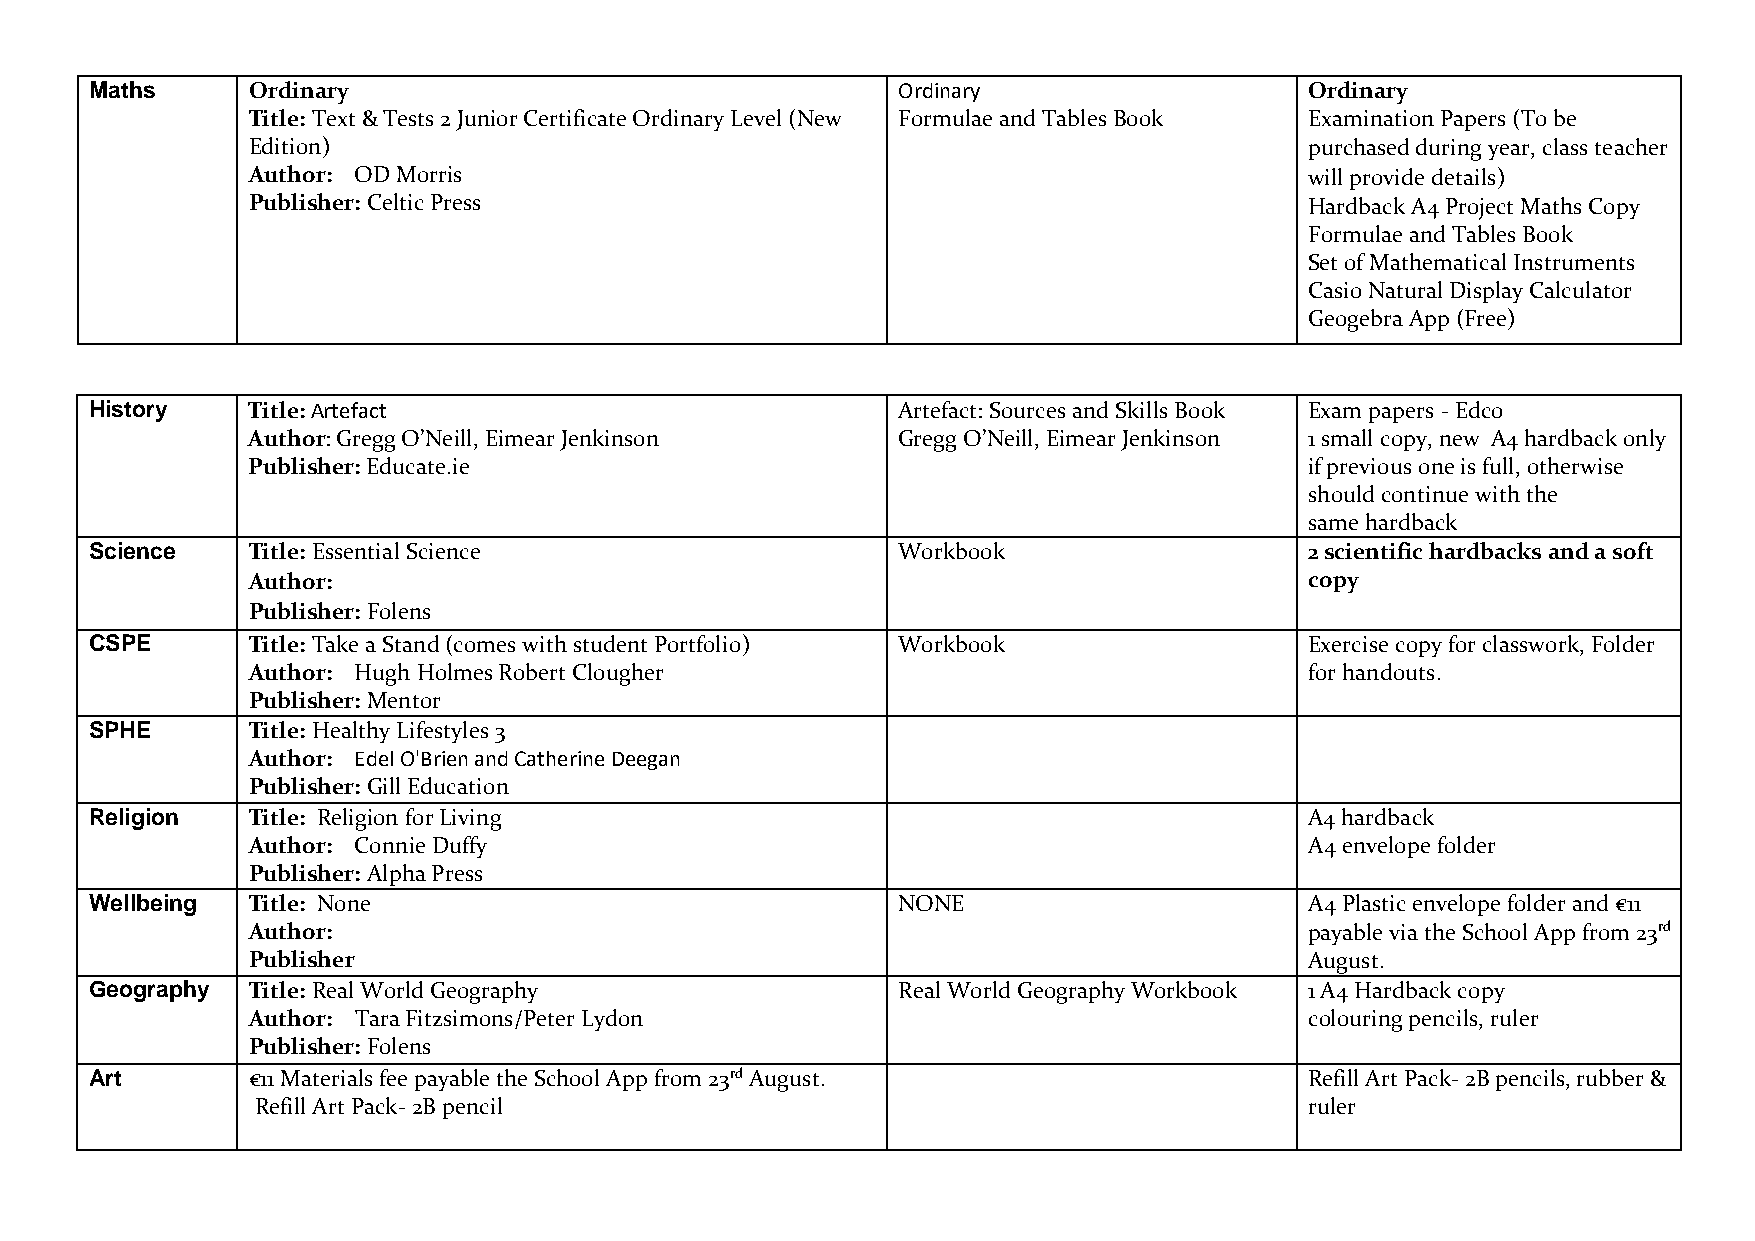
Maths     Ordinary                                   Ordinary                    Ordinary
 Title: Text & Tests 2 Junior Certificate Ordinary Level (New Formulae and Tables Book Examination Papers (To be
 Edition)                                                               purchased during year, class teacher
 Author: OD Morris                                                      will provide details)
 Publisher: Celtic Press                                                Hardback A4 Project Maths Copy
 Formulae and Tables Book
 Set of Mathematical Instruments
 Casio Natural Display Calculator
 Geogebra App (Free)
 History   Title: Artefact                            Artefact: Sources and Skills Book Exam papers - Edco
 Author: Gregg O’Neill, Eimear Jenkinson    Gregg O’Neill, Eimear Jenkinson 1 small copy, new A4 hardback only
 Publisher: Educate.ie                                                  if previous one is full, otherwise
 should continue with the
 same hardback
 Science   Title: Essential Science                   Workbook                    2 scientific hardbacks and a soft
 Author:                                                                copy
 Publisher: Folens
 CSPE      Title: Take a Stand (comes with student Portfolio) Workbook            Exercise copy for classwork, Folder
 Author: Hugh Holmes Robert Clougher                                    for handouts.
 Publisher: Mentor
 SPHE      Title: Healthy Lifestyles 3
 Author: Edel O'Brien and Catherine Deegan
 Publisher: Gill Education
 Religion  Title: Religion for Living                                             A4 hardback
 Author: Connie Duffy                                                   A4 envelope folder
 Publisher: Alpha Press
 Wellbeing Title: None                                NONE                        A4 Plastic envelope folder and €11
 Author:                                                                payable via the School App from 23rd
 Publisher                                                              August.
 Geography Title: Real World Geography                Real World Geography Workbook 1 A4 Hardback copy
 Author: Tara Fitzsimons/Peter Lydon                                    colouring pencils, ruler
 Publisher: Folens
 Art       €11 Materials fee payable the School App from 23rd August.             Refill Art Pack- 2B pencils, rubber &
 Refill Art Pack- 2B pencil                                            ruler